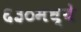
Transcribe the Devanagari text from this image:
६३०मध्ये